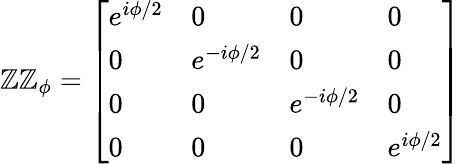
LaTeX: \mathbb{Z}\mathbb{Z}_{\phi}={\left[\begin{array}{llll}{e^{i\phi/2}}&{0}&{0}&{0}\\ {0}&{e^{-i\phi/2}}&{0}&{0}\\ {0}&{0}&{e^{-i\phi/2}}&{0}\\ {0}&{0}&{0}&{e^{i\phi/2}}\end{array}\right]}